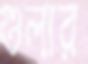
গুলার